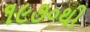
૧૯૭૦થી